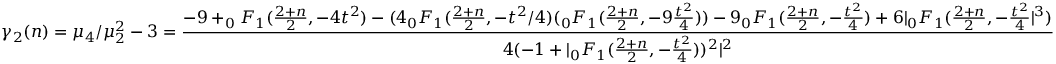
\gamma _ { 2 } ( n ) = \mu _ { 4 } / \mu _ { 2 } ^ { 2 } - 3 = { \frac { - 9 + _ { 0 } F _ { 1 } ( { \frac { 2 + n } { 2 } } , - 4 t ^ { 2 } ) - ( 4 _ { 0 } F _ { 1 } ( { \frac { 2 + n } { 2 } } , - t ^ { 2 } / 4 ) ( _ { 0 } F _ { 1 } ( { \frac { 2 + n } { 2 } } , - 9 { \frac { t ^ { 2 } } { 4 } } ) ) - 9 _ { 0 } F _ { 1 } ( { \frac { 2 + n } { 2 } } , - { \frac { t ^ { 2 } } { 4 } } ) + 6 | _ { 0 } F _ { 1 } ( { \frac { 2 + n } { 2 } } , - { \frac { t ^ { 2 } } { 4 } } | ^ { 3 } ) } { 4 ( - 1 + | _ { 0 } F _ { 1 } ( { \frac { 2 + n } { 2 } } , - { \frac { t ^ { 2 } } { 4 } } ) ) ^ { 2 } | ^ { 2 } } }